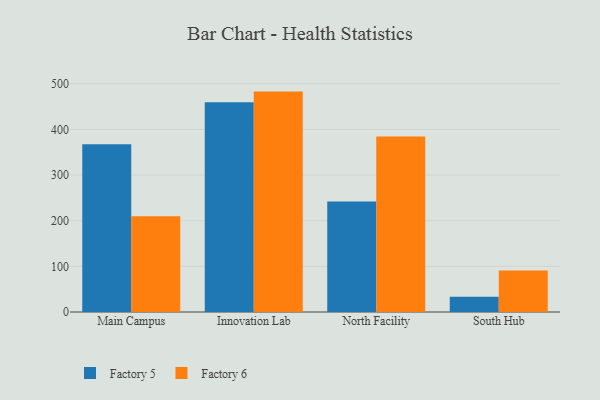
{"axis": {"x": "Campus", "y": "Production Output"}, "legend": ["Factory 5", "Factory 6"], "data": [{"x": "Main Campus", "y": 367.3, "type": "Factory 5"}, {"x": "Main Campus", "y": 210.0, "type": "Factory 6"}, {"x": "Innovation Lab", "y": 459.2, "type": "Factory 5"}, {"x": "Innovation Lab", "y": 482.8, "type": "Factory 6"}, {"x": "North Facility", "y": 242.2, "type": "Factory 5"}, {"x": "North Facility", "y": 384.4, "type": "Factory 6"}, {"x": "South Hub", "y": 33.4, "type": "Factory 5"}, {"x": "South Hub", "y": 90.8, "type": "Factory 6"}]}